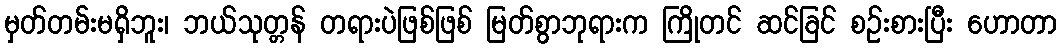
မှတ်တမ်းမရှိဘူး၊ ဘယ်သုတ္တန် တရားပဲဖြစ်ဖြစ် မြတ်စွာဘုရားက ကြိုတင် ဆင်ခြင် စဉ်းစားပြီး ဟောတာ